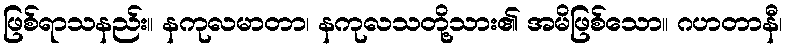
ဖြစ်ရာသနည်း။ နကုလမာတာ၊ နကုလသတို့သား၏ အမိဖြစ်သော။ ဂဟတာနီ၊